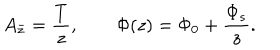
A _ { \bar { z } } = \frac { T } { z } , \qquad \Phi ( z ) = \Phi _ { 0 } + \frac { \Phi _ { s } } { z } .